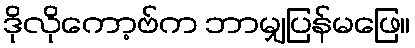
ဒိုလိုကော့ဗ်က ဘာမျှပြန်မဖြေ။